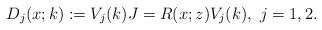
\begin{align*}D_j(x;k):=V_j(k)J =R(x;z)V_j(k), \ j=1,2.\end{align*}